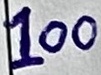
Text: 100